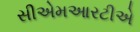
સીએમઆરટીએ